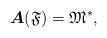
LaTeX: \begin{align*}\boldsymbol{A}(\mathfrak{F})=\mathfrak{M}^*,\end{align*}